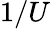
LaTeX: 1/U